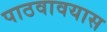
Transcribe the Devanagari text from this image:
पाठवावयास